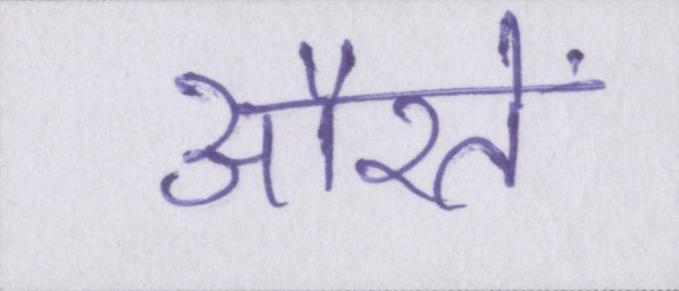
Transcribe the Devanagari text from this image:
औरतें